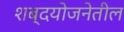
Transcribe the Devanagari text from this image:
शब्दयोजनेतील